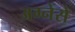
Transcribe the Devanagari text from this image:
अग्नेसे